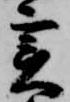
実